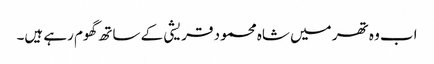
اب وہ تھر میں شاہ محمود قریشی کے ساتھ گھوم رہے ہیں۔